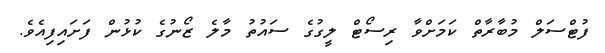
ފުޓްސަލް މުބާރާތް ކަމަށްވާ ރިސޯޓް ލީގުގެ ސައުތު މާލެ ޒޯނުގެ ކުޅުން ފަށައިފިއެވެ.